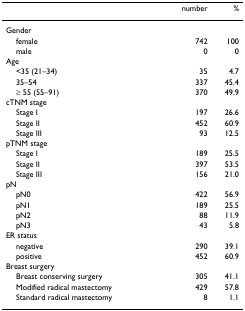
<table><thead><tr><td></td><td><b>number</b></td><td><b>%</b></td></tr></thead><tbody><tr><td>Gender</td><td></td><td></td></tr><tr><td> female</td><td>742</td><td>100</td></tr><tr><td> male</td><td>0</td><td>0</td></tr><tr><td>Age</td><td></td><td></td></tr><tr><td> &lt;35 (21–34)</td><td>35</td><td>4.7</td></tr><tr><td> 35–54</td><td>337</td><td>45.4</td></tr><tr><td> ≥ 55 (55–91)</td><td>370</td><td>49.9</td></tr><tr><td>cTNM stage</td><td></td><td></td></tr><tr><td> Stage I</td><td>197</td><td>26.6</td></tr><tr><td> Stage II</td><td>452</td><td>60.9</td></tr><tr><td> Stage III</td><td>93</td><td>12.5</td></tr><tr><td>pTNM stage</td><td></td><td></td></tr><tr><td> Stage I</td><td>189</td><td>25.5</td></tr><tr><td> Stage II</td><td>397</td><td>53.5</td></tr><tr><td> Stage III</td><td>156</td><td>21.0</td></tr><tr><td>pN</td><td></td><td></td></tr><tr><td> pN0</td><td>422</td><td>56.9</td></tr><tr><td> pN1</td><td>189</td><td>25.5</td></tr><tr><td> pN2</td><td>88</td><td>11.9</td></tr><tr><td> pN3</td><td>43</td><td>5.8</td></tr><tr><td>ER status</td><td></td><td></td></tr><tr><td> negative</td><td>290</td><td>39.1</td></tr><tr><td> positive</td><td>452</td><td>60.9</td></tr><tr><td>Breast surgery</td><td></td><td></td></tr><tr><td> Breast conserving surgery</td><td>305</td><td>41.1</td></tr><tr><td> Modified radical mastectomy</td><td>429</td><td>57.8</td></tr><tr><td> Standard radical mastectomy</td><td>8</td><td>1.1</td></tr></tbody></table>